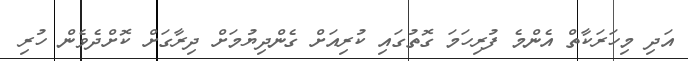
އަދި މިހަރަކާތް އެންމެ ފުރިހަމަ ގޮތުގައި ކުރިއަށް ގެންދިޔުމަށް ދިރާގަށް ކޮށްދެވެން ހުރި